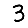
Digit: 3